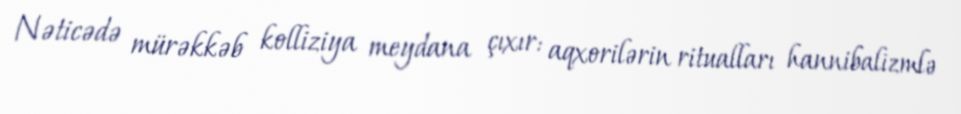
Nəticədə mürəkkəb kolliziya meydana çıxır: aqxorilərin ritualları hannibalizmlə